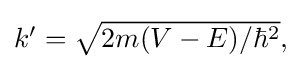
{\textstyle k'={\sqrt {2m(V-E)/\hbar ^{2}}},}